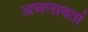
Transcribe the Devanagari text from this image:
अचलावतां